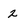
Character: 2